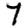
Digit: 7